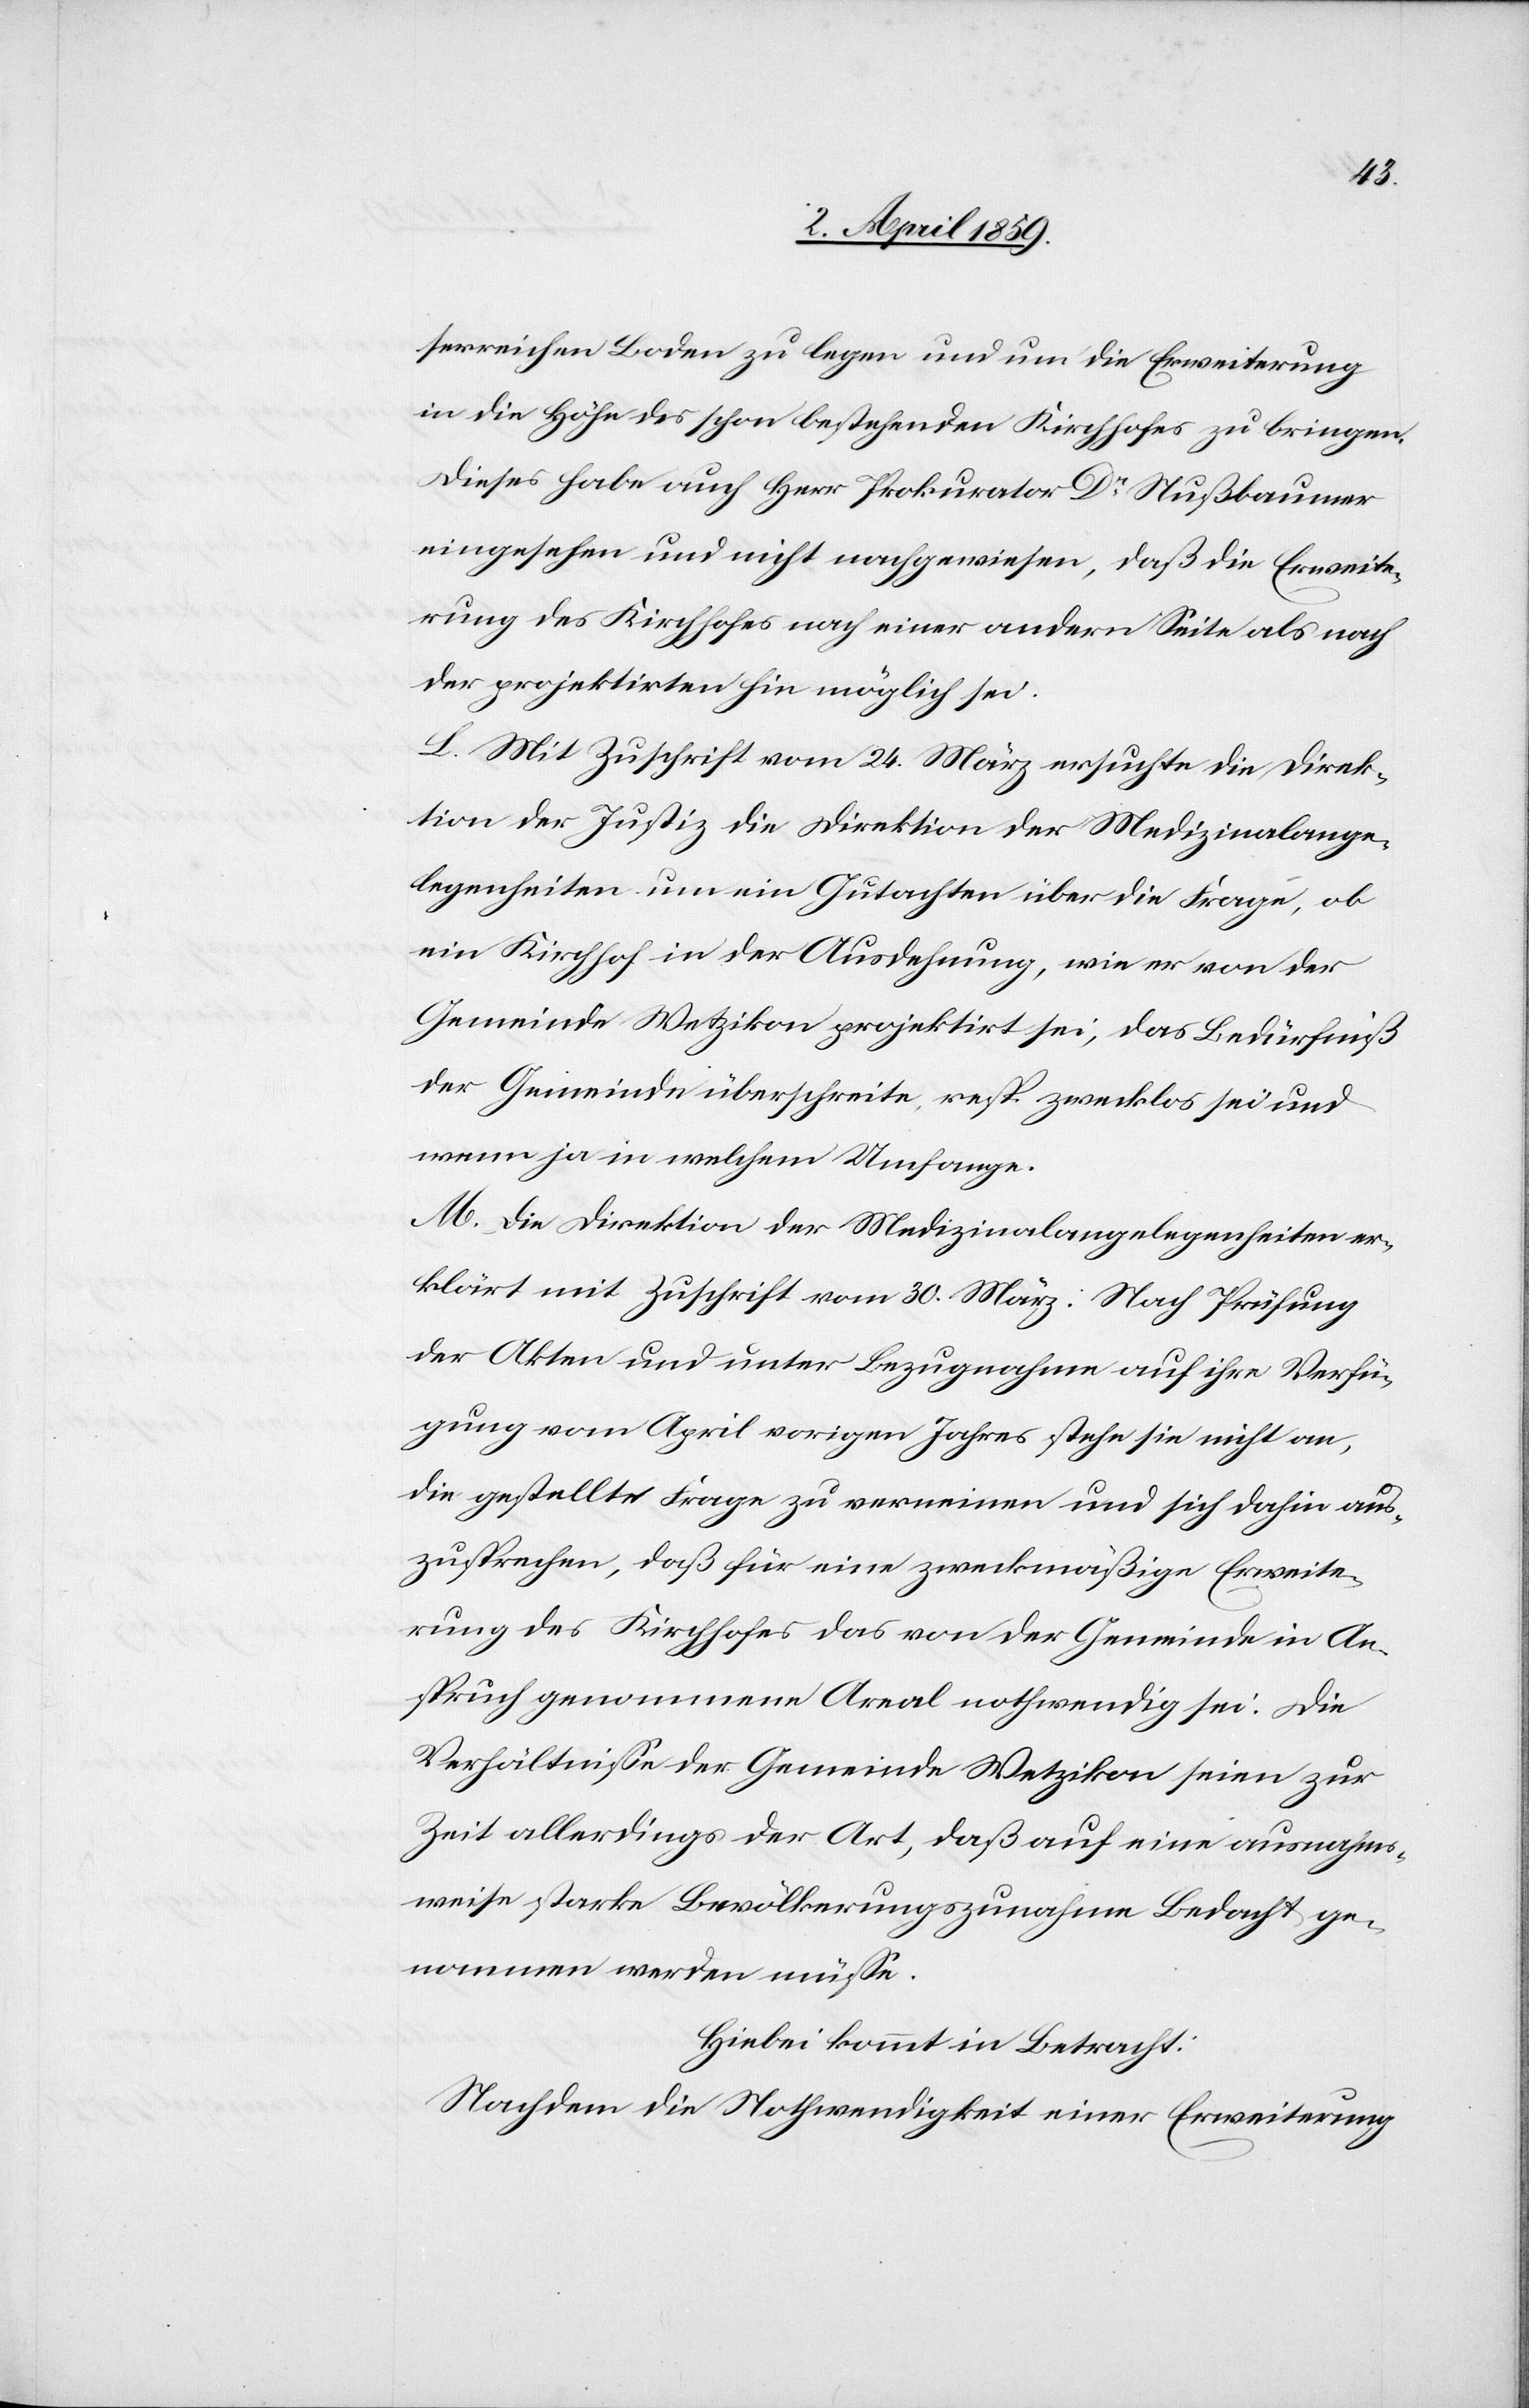
serreichen Boden zu legen und um die Erweiterung
in die Höhe des schon bestehenden Kirchhofes zu bringen.
Dieses habe auch Herr Prokurator Dr. Nußbaumer
eingesehen und nicht nachgewiesen, daß die Erweite¬
rung des Kirchhofes nach einer andern Seite als nach
der projektirten hin möglich sei.
L. Mit Zuschrift vom 24. März ersuchte die Direk¬
tion der Justiz die Direktion der Medizinalange¬
legenheiten um ein Gutachten über die Frage, ob
ein Kirchhof in der Ausdehnung, wie er von der
Gemeinde Wetzikon projektirt sei, das Bedürfniß
der Gemeinde überschreite, resp. zwecklos sei und
wenn ja in welchem Umfange.
M. Die Direktion der Medizinalangelegenheiten er¬
klärt mit Zuschrift vom 30. März: Nach Prüfung
der Akten und unter Bezugnahme auf ihre Verfü¬
gung vom April vorigen Jahres stehe sie nicht an,
die gestellte Frage zu verneinen und sich dahin aus¬
zusprechen, daß für eine zweckmäßige Erweite¬
rung des Kirchhofes das von der Gemeinde in An¬
spruch genommene Areal nothwendig sei. Die
Verhältniße der Gemeinde Wetzikon seien zur
Zeit allerdings der Art, daß auf eine ausnahms¬
weise starke Bevölkerungszunahme Bedacht ge¬
nommen werden müße.
Hiebei kommt in Betracht:
Nachdem die Nothwendigkeit einer Erweiterung